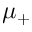
\mu _ { + }